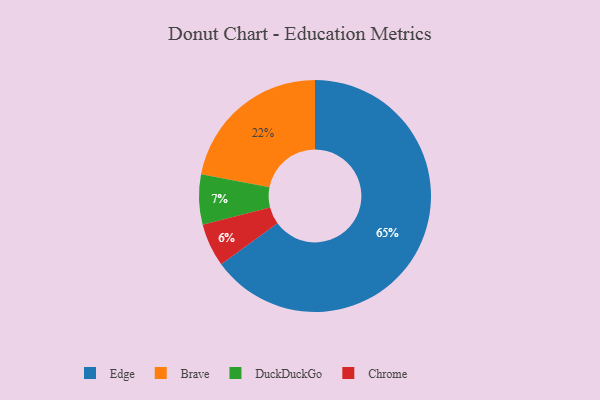
{"axis": {"x": "Category", "y": "Percentage"}, "legend": ["Brave", "Chrome", "DuckDuckGo", "Edge"], "data": [{"x": "Chrome", "y": 6, "type": "Chrome"}, {"x": "Edge", "y": 65, "type": "Edge"}, {"x": "Brave", "y": 22, "type": "Brave"}, {"x": "DuckDuckGo", "y": 7, "type": "DuckDuckGo"}]}